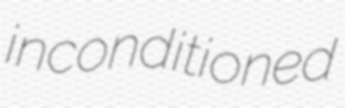
inconditioned